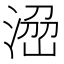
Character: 𱧬